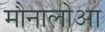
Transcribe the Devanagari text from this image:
मौनालोआ